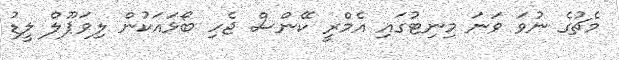
މެޗުގެ ނުވަ ވަނަ މިނިޓުގައި އެމްރީ ކޭންސް ޖެހި ބޯޅައަކުން ލިވަޕޫލް ލީޑު